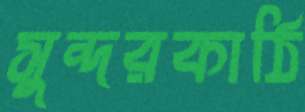
সুন্দরকাঠি